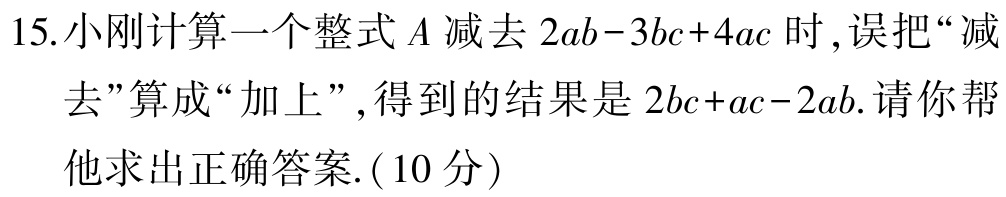
15.小刚计算一个整式\(A\)减去\(2ab - 3bc + 4ac\)时 ,误把“减去”算成“加上”,得到的结果是\(2bc + ac - 2ab\).请你帮他求出正确答案.( \(10\)分)